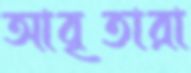
আবৃতারা